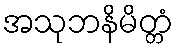
အသုဘနိမိတ္တံ